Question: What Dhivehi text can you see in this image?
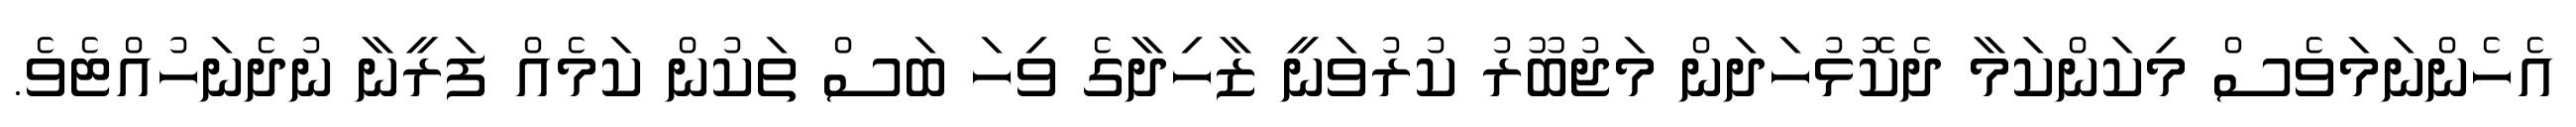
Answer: އެހެންނަމަވެސް މިކަންކަމާ ދެކޮޅުހަދަން މަޖުބޫރު ކުރުވަނީ ޒާހިދާގެ ވިހަ ބަސް ތަކުން ކަމެއް ފަރީނާ ނުދެނަހުއްޓެވެ.